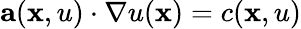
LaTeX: \mathbf{a}(\mathbf{x},u)\cdot\nabla u(\mathbf{x})=c(\mathbf{x},u)